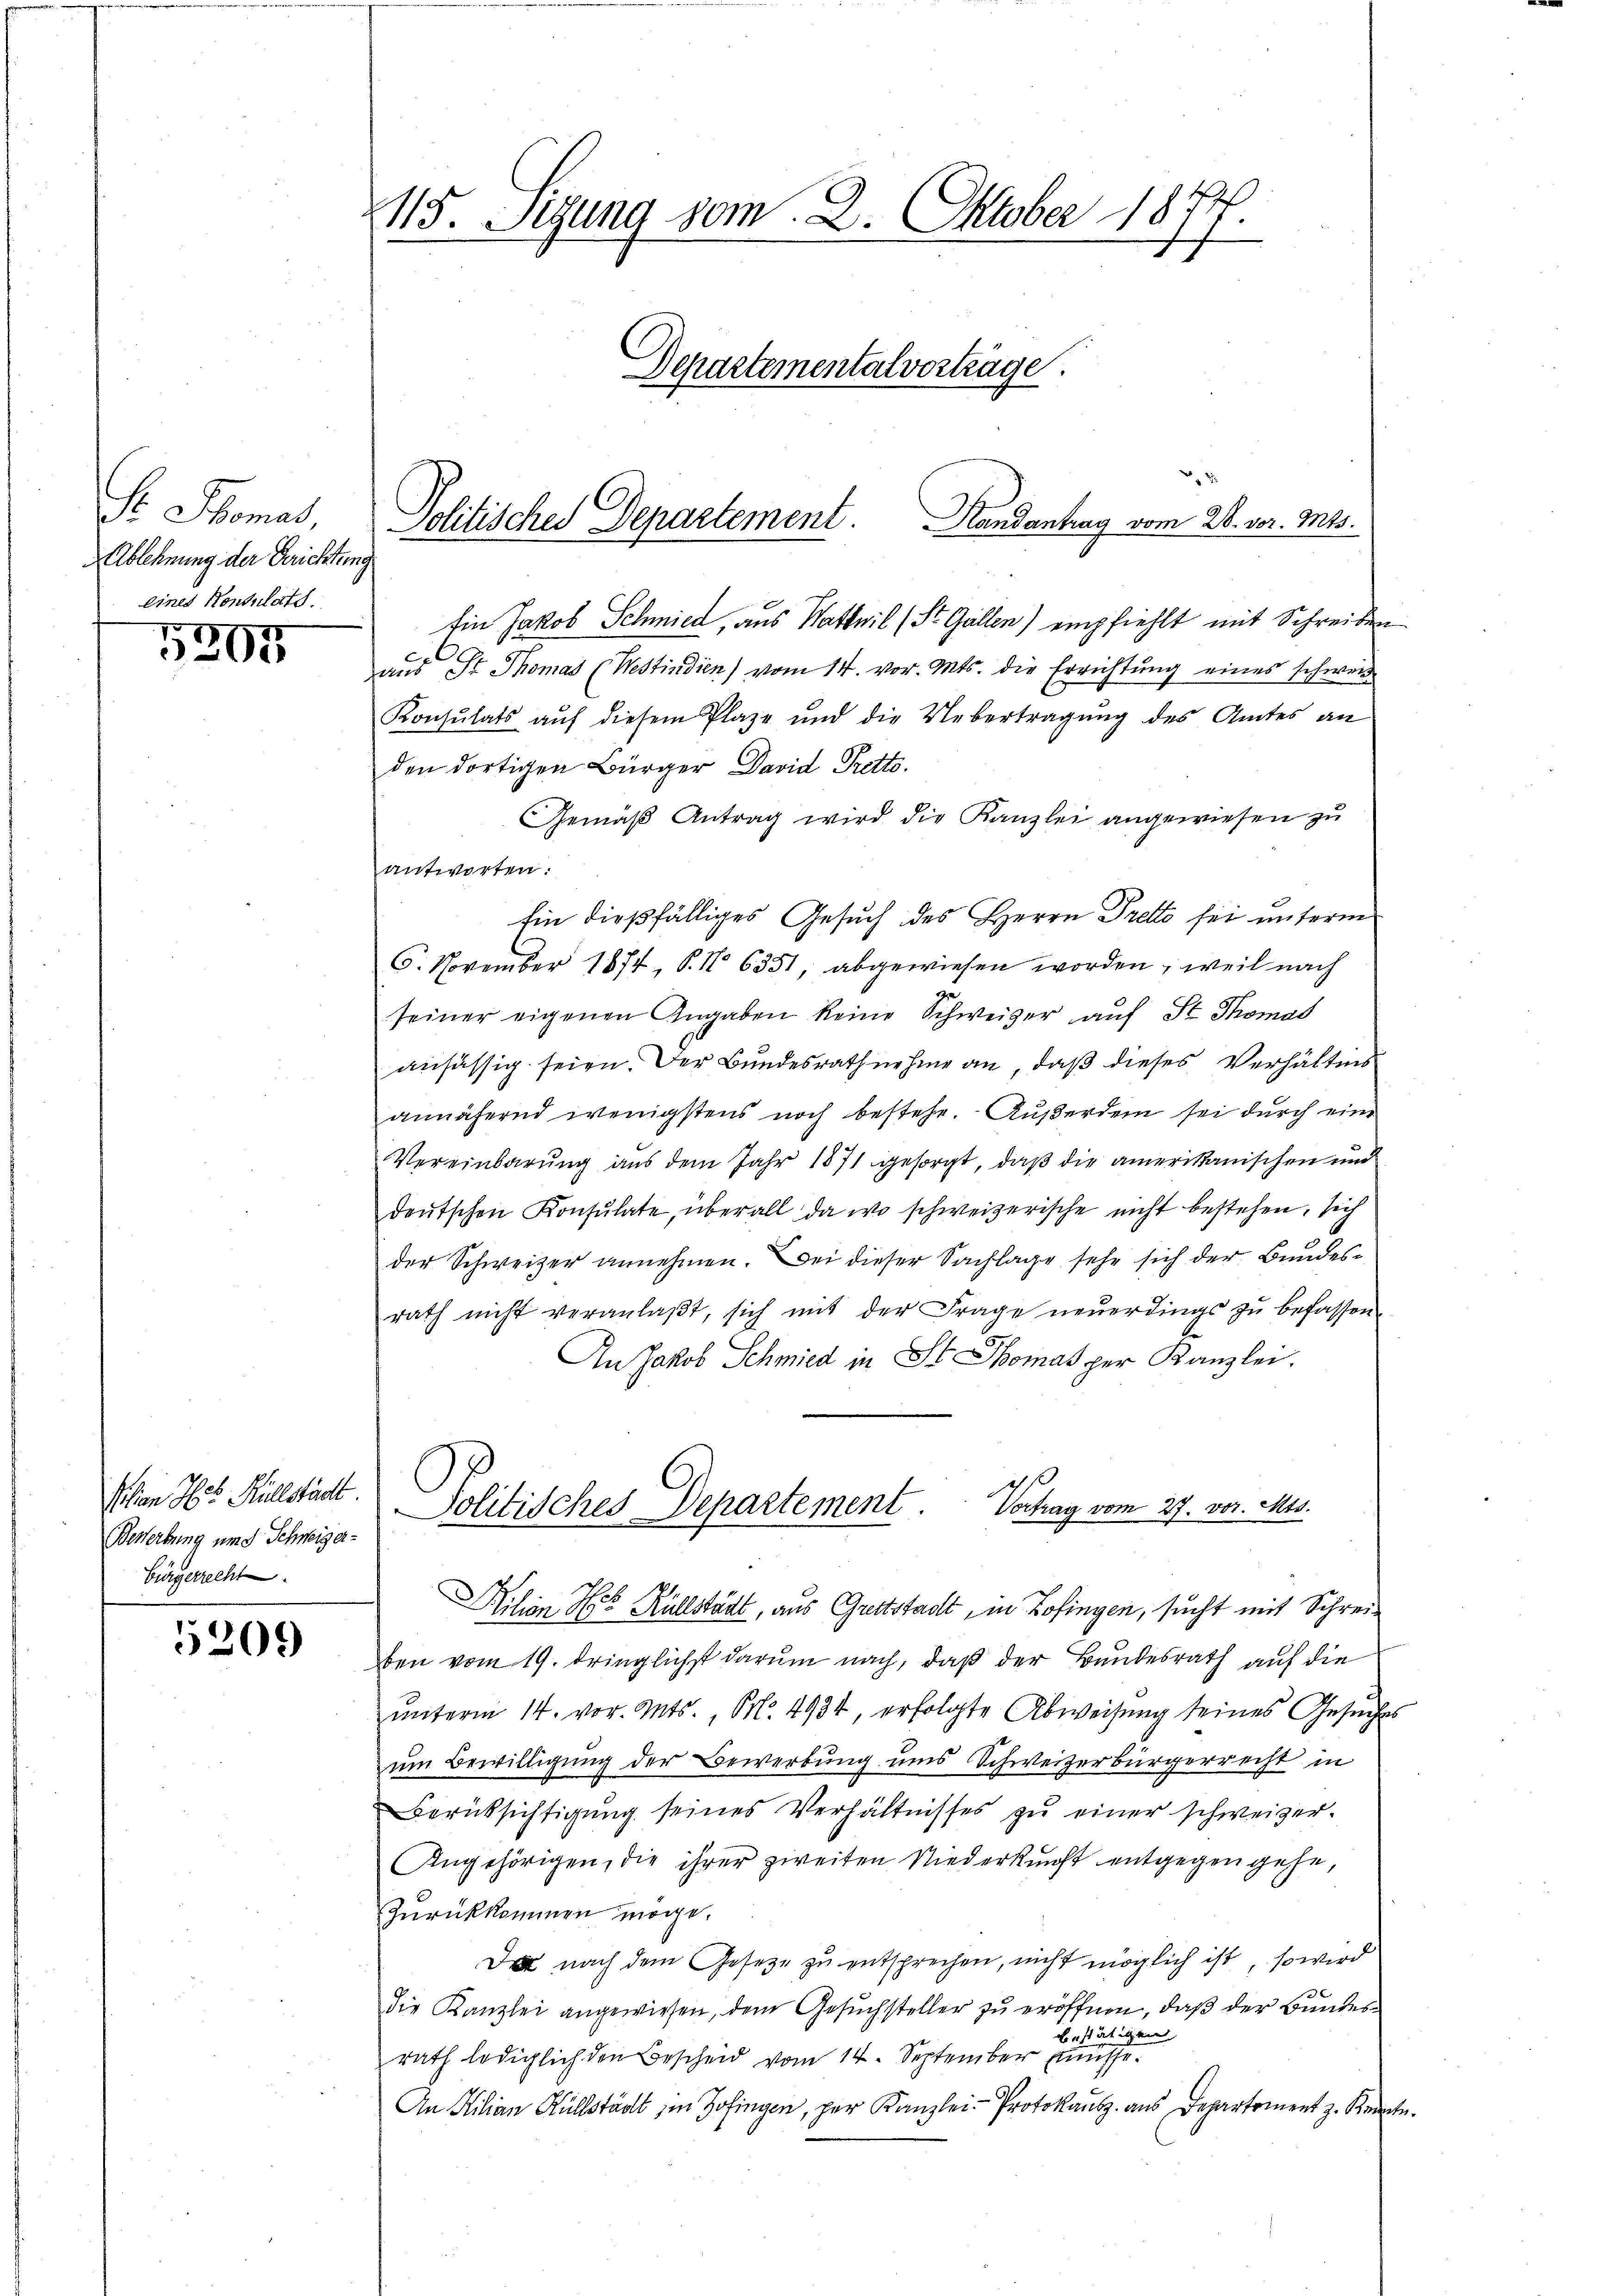
Se Senat,
Ablehnung der Gerichtung
eines Konsulats.

5305

Mon I 56 Rüllstadt
Bewerbung und Schweizer-
Bürgerrecht.

5209

115. Segung vom 2. Oktober 1877.
Departemental vorträge.

Ein Jakob Schmied, aus Wattwil (St. Gallen) empfiehlt mit Schreiben
x
aus St. Thomas (Westindien) vom 14. vor. Mts. die Errichtung eines schwer
Konsulats auf diesem Plaze und die Uebertragung des Amtes an
den dortigen Bürger David Pretto.
Gemäß Antrag wird die Kanzlei angewiesen zu
antworten:
Ein dießfälliges Gesuch des Herrn Pretto sei unterm
6. November 1874, P. No 6351, abgewiesen worden, weil nach
7.
seiner eigenen Angaben keine Schweizer auf St. Thomas
ansässig seien. Der Bundesrath nehme an, daß dieses Verhältnis
annähernd wenigstens noch bestehe. Außerdem sei durch eine
Vereinbarung aus dem Jahr 1871 gesorgt, daß die amerikanischen und
deŭtschen Konsulate, überall da wo schweizerische nicht bestehen, sich
der Schweizer annehmen. Bei dieser Sachlage sehe sich der Bundesrath nicht veranlaβt, sich mit der Frage neŭerdings zŭ befassen.
An Jakob Schmied in St. Thomas per Kanzlei.
Politisches Departement Vortrag vom 27. vor. Mts.
Bilio Hr. Küllstädt, aus Grettstadt, in Zofingen, sucht mit Schreiben vom 19. dringlichst darum nach, daß der Bundesrath auf die
ŭnterm 14. vor. Mts., Nr. 4934, erfolgte Abweisung seines Gesŭches
um Bewilligung der Bewerbung uns Schweizerbürgerrecht in
Berücksichtigung seines Verhältnisses zu einer schweizer-
Angehörigen, die ihrer zweiten Niederkunft entgegen gehe,
Zurückkommen möge.
Da nach dem Gesetze zu entsprechen, nicht möglich ist, so wird
die Kanzlei angewiesen, dem Gesuchsteller zu eröffnen, daß der Bundesbestätigen
rath lediglich den Bescheid vom 14. September müsse.
An Kilian Hüllstädt in Zofingen, per Kanzlei-Protokaŭsz. aus Departement z. Kennte.

Politisches Departement. Randantrag vom 28. vor. Mts.